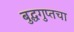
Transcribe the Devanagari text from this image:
बुद्धगुप्तचा